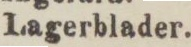
Lagerblader.